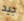
جيد